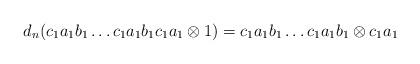
LaTeX: \begin{align*}d_n(c_1a_1b_1 \dots c_1a_1b_1c_1a_1 \otimes 1) = c_1a_1b_1 \dots c_1a_1b_1 \otimes c_1a_1\end{align*}